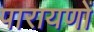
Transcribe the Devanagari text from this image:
पारायणों